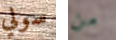
سولي من